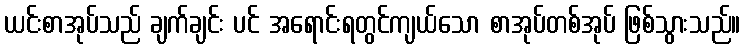
ယင်းစာအုပ်သည် ချက်ချင်း ပင် အရောင်းရတွင်ကျယ်သော စာအုပ်တစ်အုပ် ဖြစ်သွားသည်။